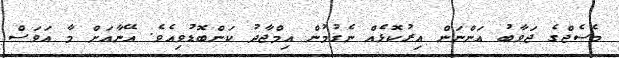
މެސެޖްގެ ޖަވާބު އަންނަން އިރުކޮޅެއް ނެގުމުން އިމްޖާދު ކަންބޮޑުވިއެވެ. އޭނާއަށް މާ އަވަސް